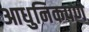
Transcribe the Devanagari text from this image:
आधुनिकपणे